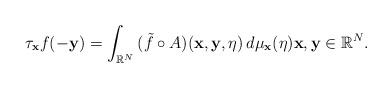
LaTeX: \begin{align*}\tau_{\mathbf{x}}f(-\mathbf{y})=\int_{\mathbb{R}^N}{(\tilde{f}\circ A)}(\mathbf{x},\mathbf{y},\eta)\,d\mu_{\mathbf{x}}(\eta)\mathbf{x},\mathbf{y}\in\mathbb{R}^N.\end{align*}